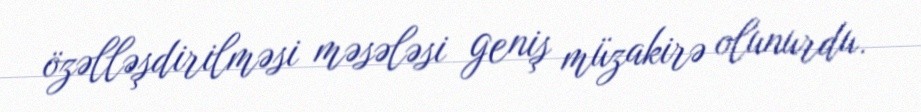
özəlləşdirilməsi məsələsi geniş müzakirə olunurdu.